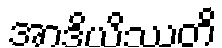
အာဒိယိဿတိ